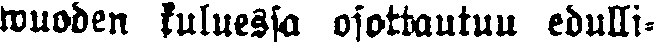
Vuoden kuluessa osottautuu edulli-